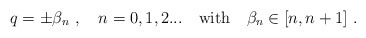
\begin{align*}q=\pm \beta_n \ , \quad n=0,1,2... \quad {\rm with} \quad \beta_n \in [n,n+1]\ .\end{align*}